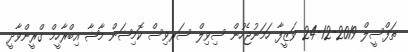
ތަފްސީލް 2019-12-24 ވަޒީފާ ހަމަނުޖެހުން ސިވިލް ސަރވިސް ކޮމިޝަން މާޝާ އިބްރާހީމް ގްރީންވާދީ